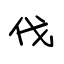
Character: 伐